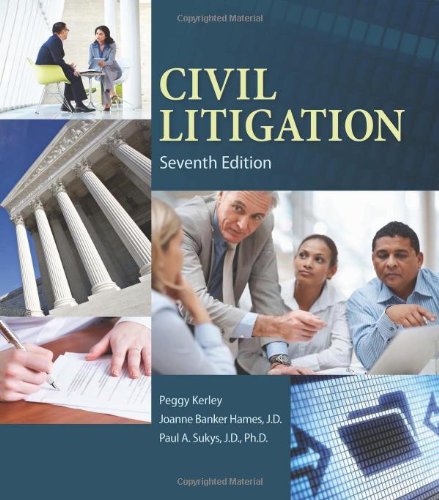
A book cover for Civil Litigation; Peggy Kerley; Law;